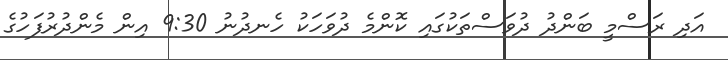
އަދި ރަސްމީ ބަންދު ދުވަސްތަކުގައި ކޮންމެ ދުވަހަކު ހެނދުނު 9:30 އިން މެންދުރުފަހުގެ